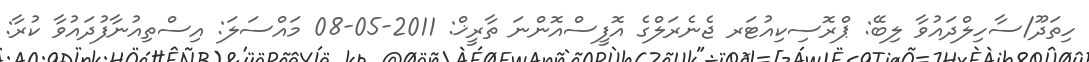
ހިތަދޫ/ސާހިލްދައުވާ ލިބޭ: ޕްރޮސިކިއުޓަރ ޖެނެރަލްގެ އޮފީސްއޮންނަ ތާރީޚް: 2011-05-08 މައްސަލަ: އިސްތިއުނާފުދައުވާ ކުރާ: